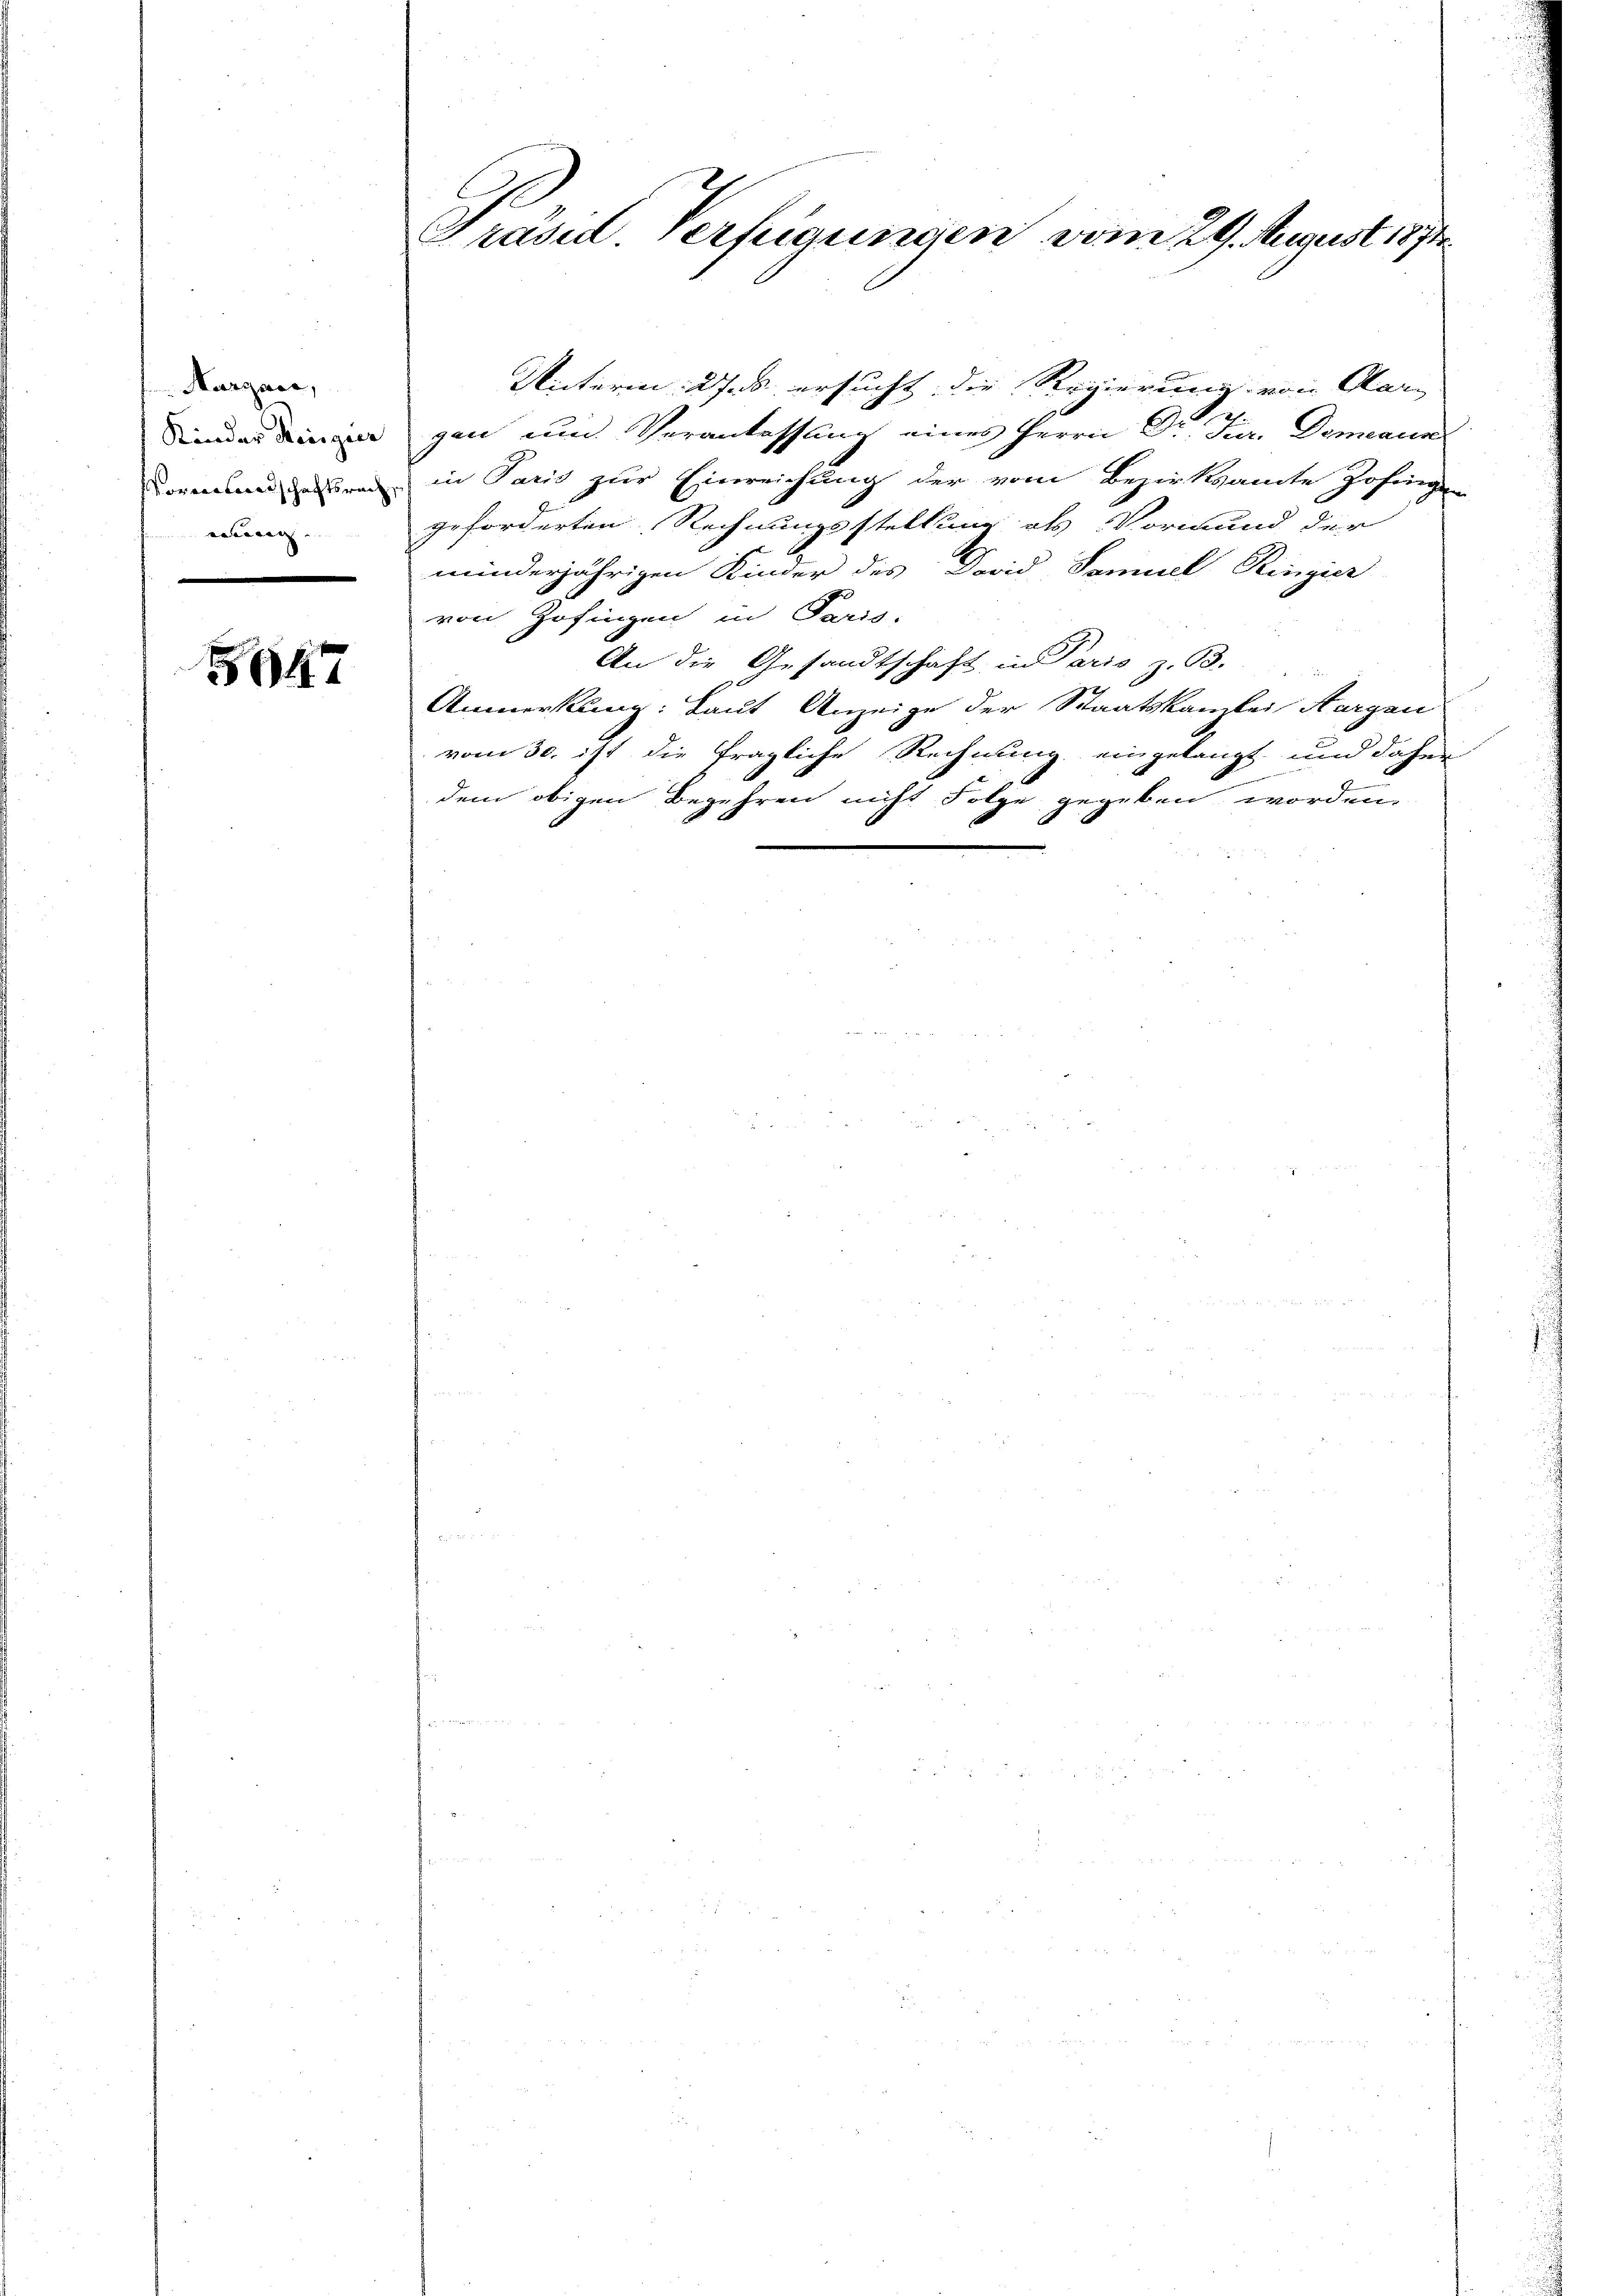
Margare,
eung |

5947

Präsid. Verfügungen vom 29. August 1874.

Unterm 2. ersucht die Regierung von Aar- |
2.
egen und Veranlassung eines Herrn Dr. Jur. Domain
Vormunderen in Paris zur Einreichung der vom Bezirksamte Zofingen
geforderten Rechnungsstellung als Vormund der
minderjährigen Kinder des David Samuel Ringier
von Zofingen in Paris.
An die Gesandtschaft, in Paris z. B.
Anmerkung: Laut Anzeige der Staatskanzlei Aargau
vom 30. ist die fragliche Rechnung eingelangt und daher
2
dem obigen Begehren nicht Folge gegeben worden.